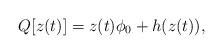
LaTeX: \begin{align*}Q[z(t)]=z(t)\phi_0+h(z(t)),\end{align*}